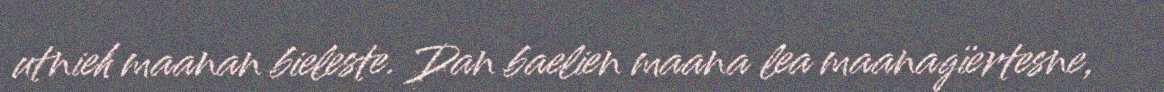
utnieh maanan bieleste. Dan baelien maana lea maanagïertesne,